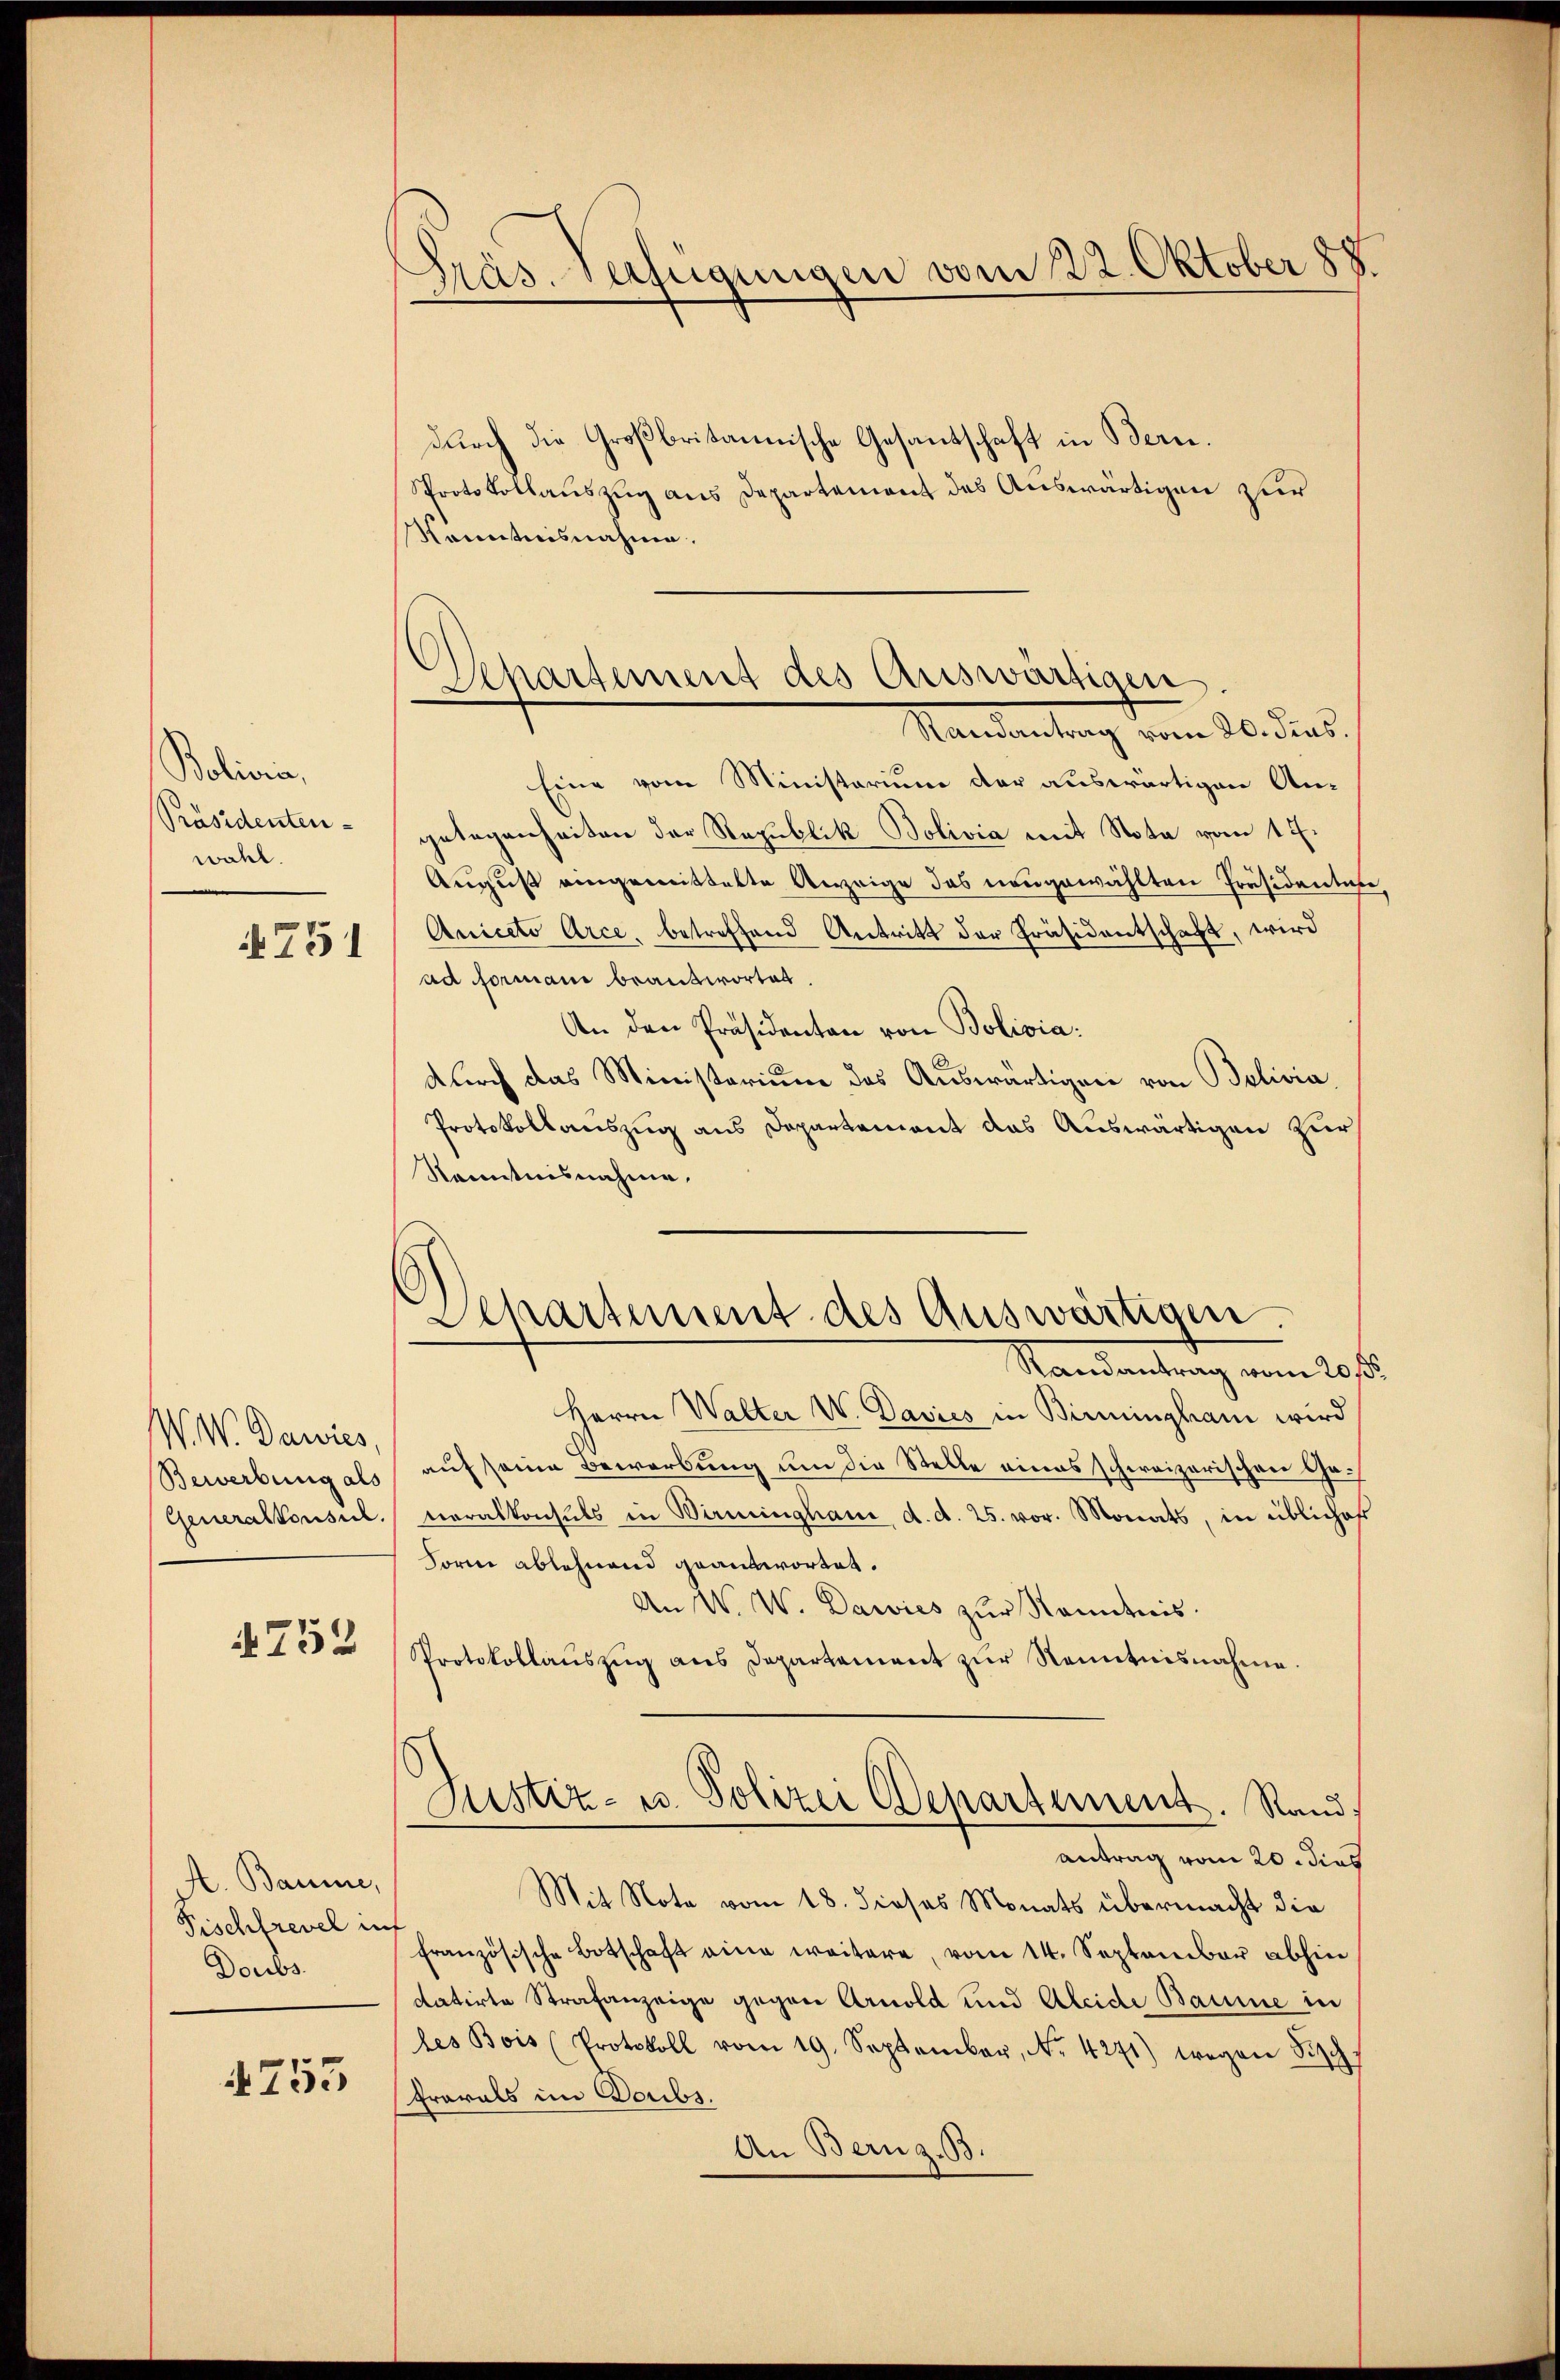
Bolivin,
Präsidenten
wahl.

751

W. W. Dawies,

N.752

A. Baume,
Fischfrevel inf
Doubs.

4753

Präs. Verfügungen vom 22. Oktober 188

Apartement des Auswärtigen
Randantrag vom 20. diens.

Departement des Auswärtigen.

durch die Großbritannische Gesantschaft in Bern.
Sprotokollauszug aus Departement des Auswärtigen zur
Konntnisnahme.
Eine vom Ministerium der auswärtigen An-
gelegenheiten der Republik Bolivia mit Nota vom 1 f.
August eingemittelte Anzeige das neugewählten Präsidenten
Anicato Arce, betreffend Antritt der Präsidentschaft, wird
ad Formani beantwortet
An den Präsidenten von Bolivia:
durch das Ministerium das Auswärtigen von Bolivia
Protokollauszug aus Departement das Auswärtigen zur
Kenntnisnahme.
Randantrag vom 20ste
Herrn Walter W. Davics in Birmingham wird
Bewerbung als auf seine Bewerbung um die Stelle eines schweizerischen Ge¬
Generalkonsul veralkonsuls in Wirminghaus d. d. 25. vor. Monats, in übliches
Form ablehnend geantwortet.
An W. W. Dawies zur Kenntnis.
Protokollaŭszŭg ans Departement zŭr Kenntnisnahme.
Justiz- u. Polizei Departement. Rand,
antrag vom 20. dies
Mit Note vom 18. dieses Monats übermacht die
französische Botschaft eine weitere, vom 14. September abhin
datirte Strafanzeige gegen Arnold und Aleide Baume in
les Bois (Protokoll vom 19. September, N. 4271) wegen Fisch
Gravals im Soubs.
An Berng.33.